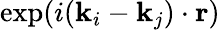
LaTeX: \mathrm{exp}(i(\mathbf{k}_{i}-\mathbf{k}_{j})\cdot\mathbf{r})